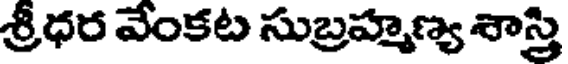
శ్రీధర వేంకట సుబ్రహ్మణ్య శాస్తి